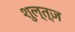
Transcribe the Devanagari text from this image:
शुल्त्ज़